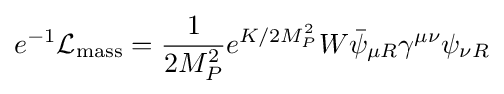
e^{-1}{\mathcal {L}}_{\text{mass}}={\frac {1}{2M_{P}^{2}}}e^{K/2M_{P}^{2}}W{\bar {\psi }}_{\mu R}\gamma ^{\mu \nu }\psi _{\nu R}